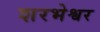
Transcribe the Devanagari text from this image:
शरभेश्वर